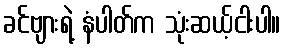
ခင်ဗျားရဲ့ နံပါတ်က သုံးဆယ့်ငါးပါ။